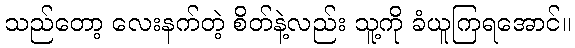
သည်တော့ လေးနက်တဲ့ စိတ်နဲ့လည်း သူ့ကို ခံယူကြရအောင်။